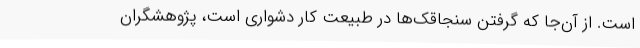
است. از آن‌جا که گرفتن سنجاقک‌ها در طبیعت کار دشواری است، پژوهشگران